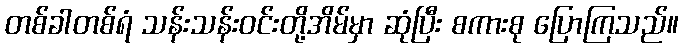
တစ်ခါတစ်ရံ သန်းသန်းဝင်းတို့အိမ်မှာ ဆုံပြီး စကားစု ပြောကြသည်။